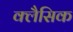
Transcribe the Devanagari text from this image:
क्लैसिक